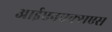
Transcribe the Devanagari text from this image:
आईएनएक्सएस